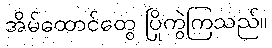
အိမ်ထောင်တွေ ပြိုကွဲကြသည်။